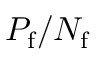
P _ { \mathrm { f } } / N _ { \mathrm { f } }